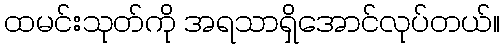
ထမင်းသုတ်ကို အရသာရှိအောင်လုပ်တယ်။